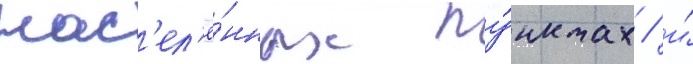
нас'ел'ё́нных пу́нктах / и́